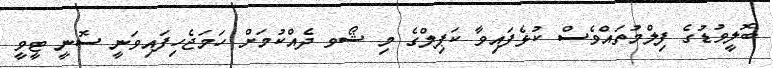
ބޮލީވުޑުގެ ފިލްމުތައްވެސް ކުޅެފައިވާ ކަޕިލްގެ މި ޝޯވ ދެއްކުމަށް ހަމަޖެހިފައިވަނީ ސޮނީ ޓީވީ